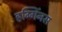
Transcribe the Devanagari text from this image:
हग्गिंनस